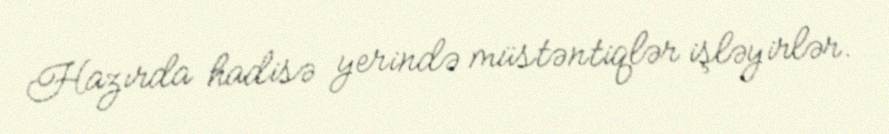
Hazırda hadisə yerində müstəntiqlər işləyirlər.